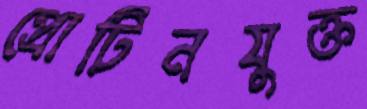
প্রোটিনযুক্ত